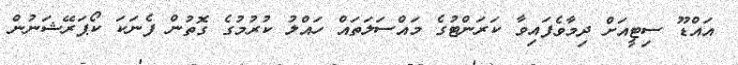
އައްޑޫ ސިޓީއަށް ދިމާވެފައިވާ ކަރަންޓުގެ މައްސަލަތައް ހައްލު ކުރުމުގެ ގޮތުން ފެނަކަ ކޯޕަރޭޝަނުން